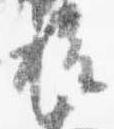
権